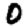
Digit: 0